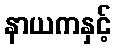
နာယကနှင့်